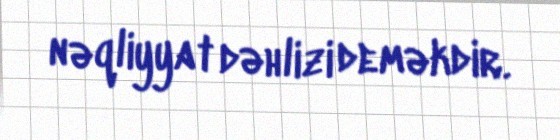
nəqliyyat dəhlizi deməkdir.